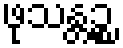
ဖုသန္တဉ္စ